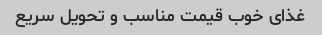
غذای خوب قیمت مناسب و تحویل سریع